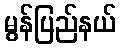
မွန်ပြည်နယ်